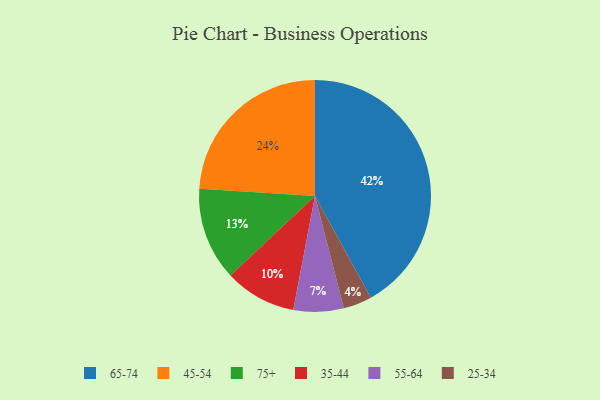
{"axis": {"x": "Category", "y": "Percentage"}, "legend": ["25-34", "35-44", "45-54", "55-64", "65-74", "75+"], "data": [{"x": "35-44", "y": 10, "type": "35-44"}, {"x": "25-34", "y": 4, "type": "25-34"}, {"x": "55-64", "y": 7, "type": "55-64"}, {"x": "45-54", "y": 24, "type": "45-54"}, {"x": "75+", "y": 13, "type": "75+"}, {"x": "65-74", "y": 42, "type": "65-74"}]}